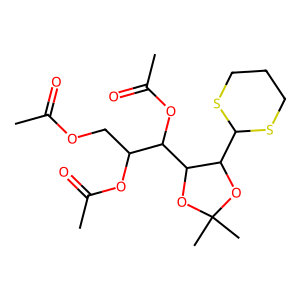
SMILES: CC(=O)OCC(OC(C)=O)C(OC(C)=O)C1OC(C)(C)OC1C1SCCCS1
Inhibits HIV replication: No